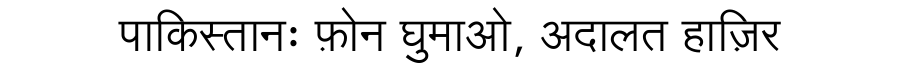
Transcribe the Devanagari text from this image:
पाकिस्तानः फ़ोन घुमाओ, अदालत हाज़िर